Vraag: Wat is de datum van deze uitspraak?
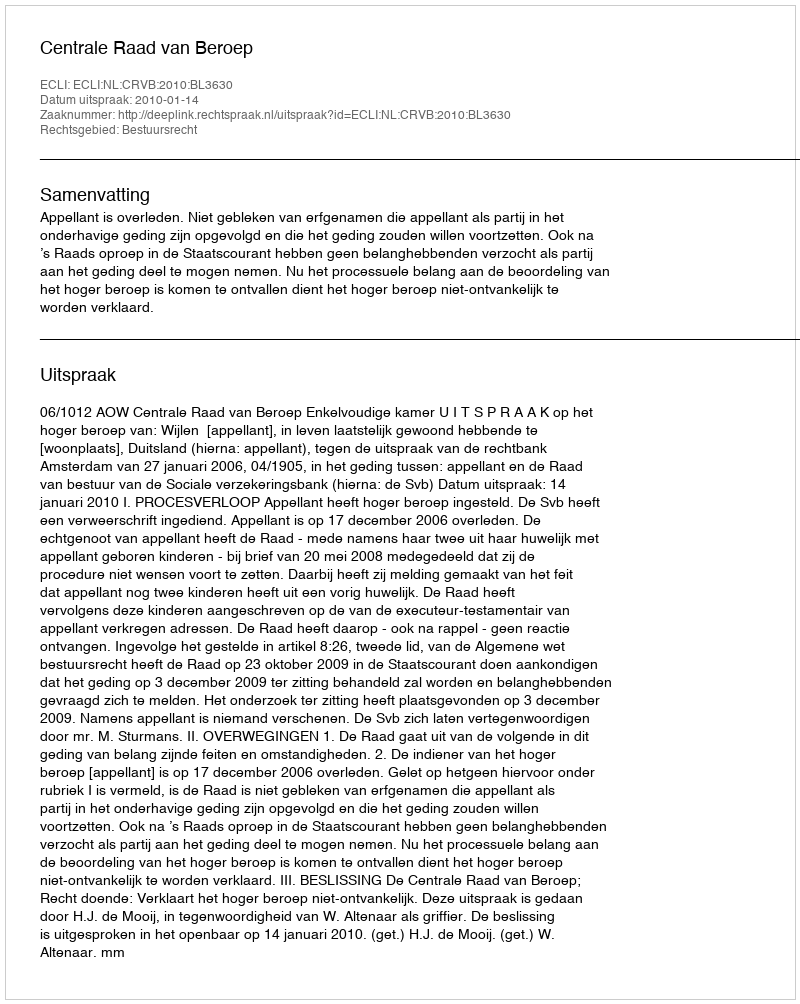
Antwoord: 2010-01-14